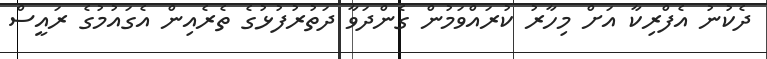
ދެކުނު އެފްރިކާ އަށް މިހާރު ކުރައްވަމުން ގެންދަވާ ދަތުރުފުޅުގެ ތެރެއިން އެގައުމުގެ ރައީސް